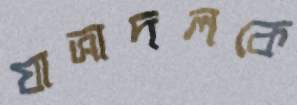
যাত্রাদলকে